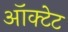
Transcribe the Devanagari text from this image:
ऑक्टेट